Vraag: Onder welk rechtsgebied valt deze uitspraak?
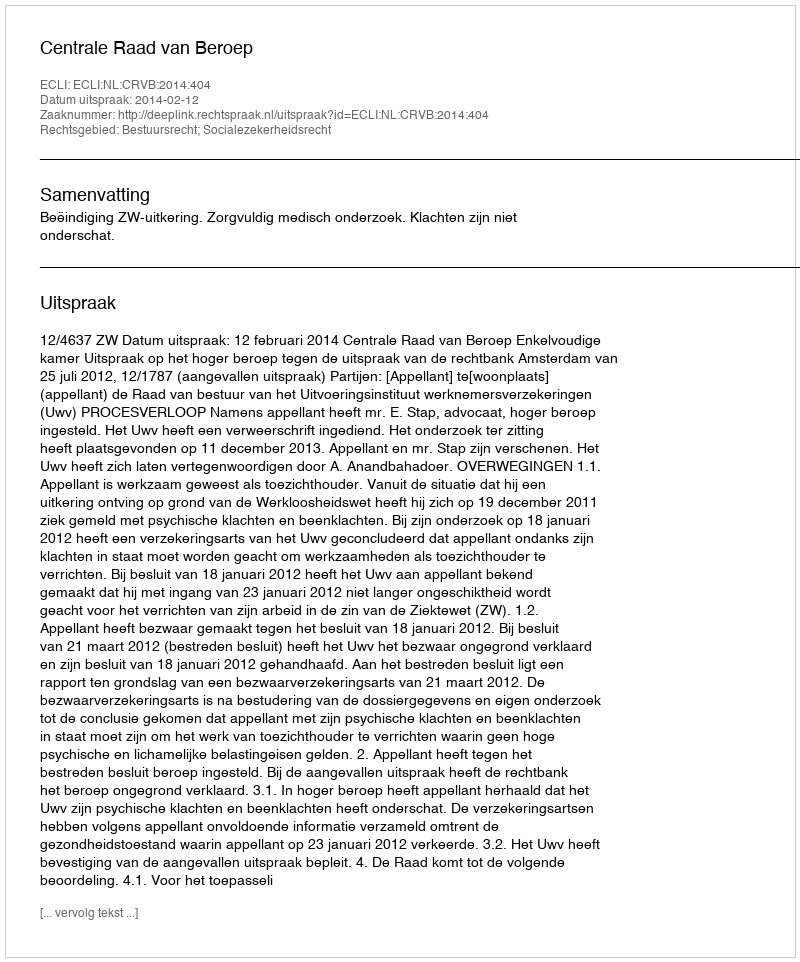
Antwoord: Bestuursrecht; Socialezekerheidsrecht